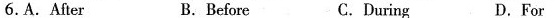
6.A.After B.Before C.During D.For